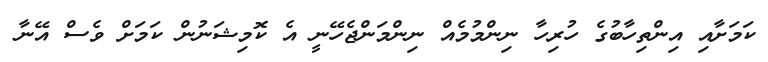
ކަމަށާއި އިންތިހާބުގެ ހުރިހާ ނިންމުމެއް ނިންމަންޖެހޭނީ އެ ކޮމިޝަނުން ކަމަށް ވެސް އޭނާ